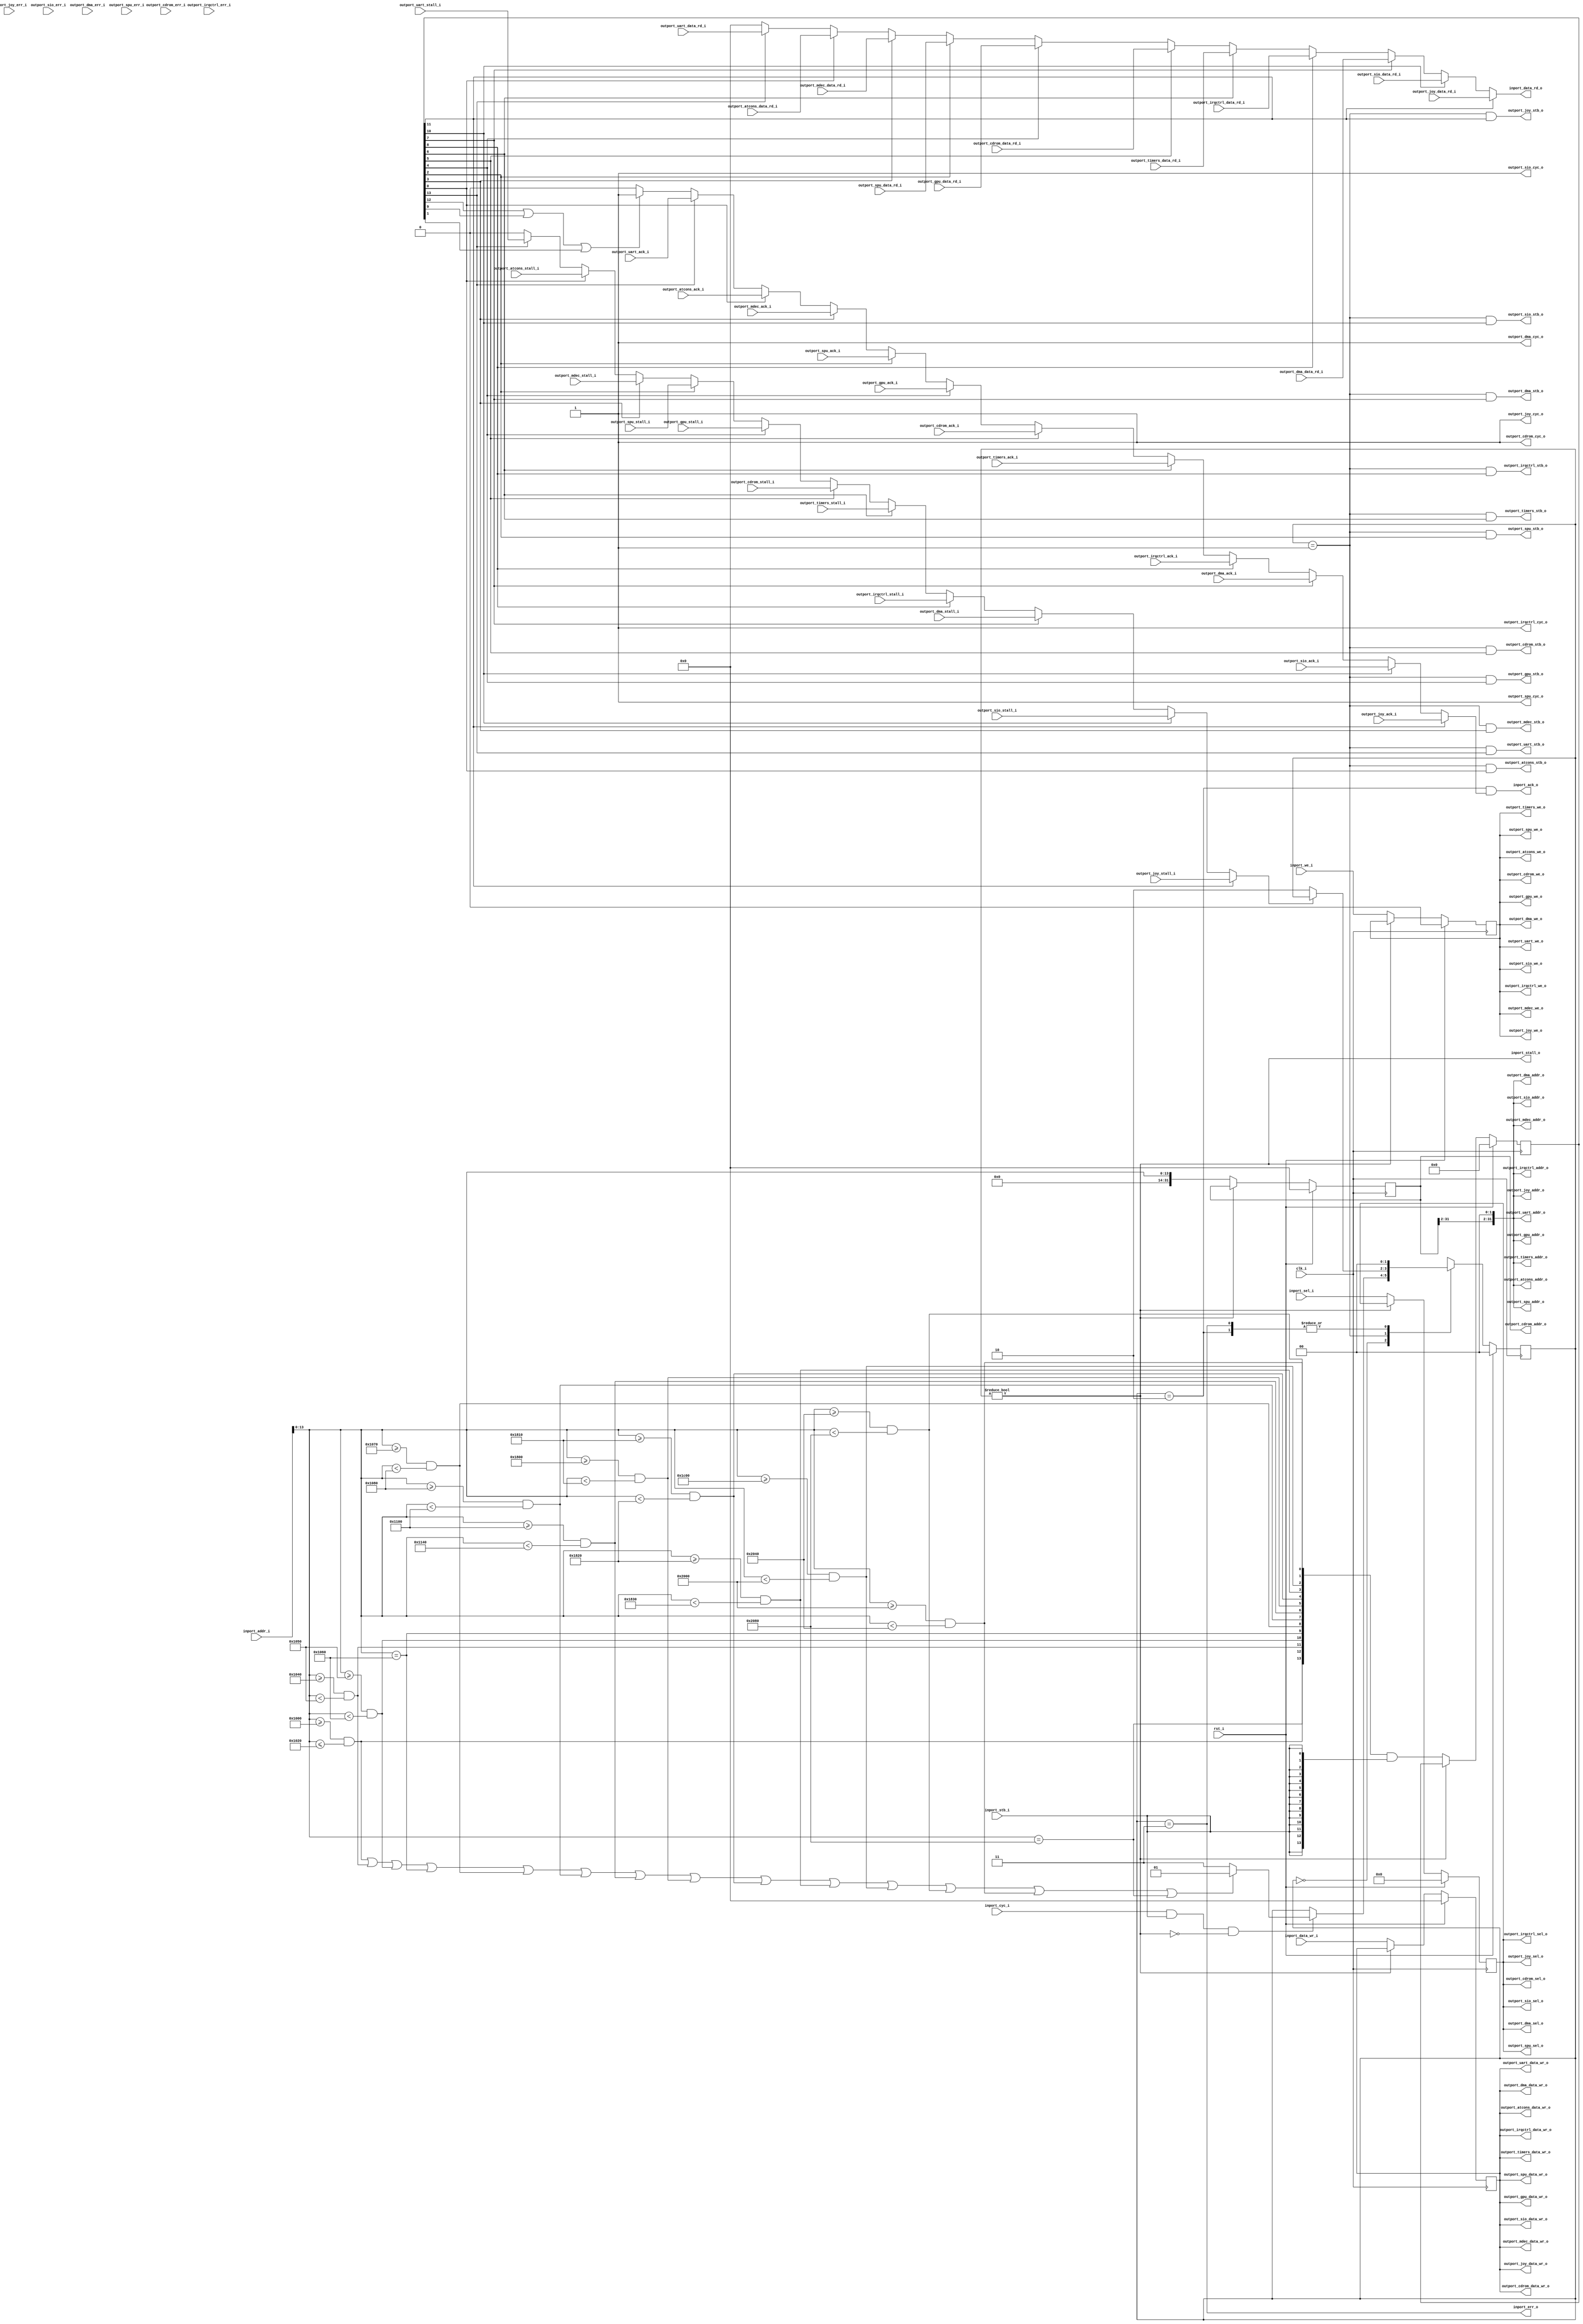
//-----------------------------------------------------------------
// Copyright (c) 2021, admin@ultra-embedded.com
// All rights reserved.
// 
// Redistribution and use in source and binary forms, with or without
// modification, are permitted provided that the following conditions 
// are met:
//   - Redistributions of source code must retain the above copyright
//     notice, this list of conditions and the following disclaimer.
//   - Redistributions in binary form must reproduce the above copyright
//     notice, this list of conditions and the following disclaimer 
//     in the documentation and/or other materials provided with the 
//     distribution.
//   - Neither the name of the author nor the names of its contributors 
//     may be used to endorse or promote products derived from this 
//     software without specific prior written permission.
// 
// THIS SOFTWARE IS PROVIDED BY THE COPYRIGHT HOLDERS AND CONTRIBUTORS 
// "AS IS" AND ANY EXPRESS OR IMPLIED WARRANTIES, INCLUDING, BUT NOT 
// LIMITED TO, THE IMPLIED WARRANTIES OF MERCHANTABILITY AND FITNESS FOR 
// A PARTICULAR PURPOSE ARE DISCLAIMED. IN NO EVENT SHALL THE AUTHOR BE 
// LIABLE FOR ANY DIRECT, INDIRECT, INCIDENTAL, SPECIAL, EXEMPLARY, OR 
// CONSEQUENTIAL DAMAGES (INCLUDING, BUT NOT LIMITED TO, PROCUREMENT OF 
// SUBSTITUTE GOODS OR SERVICES; LOSS OF USE, DATA, OR PROFITS; OR 
// BUSINESS INTERRUPTION) HOWEVER CAUSED AND ON ANY THEORY OF 
// LIABILITY, WHETHER IN CONTRACT, STRICT LIABILITY, OR TORT
// (INCLUDING NEGLIGENCE OR OTHERWISE) ARISING IN ANY WAY OUT OF 
// THE USE OF THIS SOFTWARE, EVEN IF ADVISED OF THE POSSIBILITY OF 
// SUCH DAMAGE.
//-----------------------------------------------------------------
module iomux
(
    // Inputs
     input           clk_i
    ,input           rst_i
    ,input  [ 31:0]  inport_addr_i
    ,input  [ 31:0]  inport_data_wr_i
    ,input           inport_stb_i
    ,input           inport_cyc_i
    ,input  [  3:0]  inport_sel_i
    ,input           inport_we_i
    ,input  [ 31:0]  outport_joy_data_rd_i
    ,input           outport_joy_stall_i
    ,input           outport_joy_ack_i
    ,input           outport_joy_err_i
    ,input  [ 31:0]  outport_sio_data_rd_i
    ,input           outport_sio_stall_i
    ,input           outport_sio_ack_i
    ,input           outport_sio_err_i
    ,input  [ 31:0]  outport_dma_data_rd_i
    ,input           outport_dma_stall_i
    ,input           outport_dma_ack_i
    ,input           outport_dma_err_i
    ,input  [ 31:0]  outport_irqctrl_data_rd_i
    ,input           outport_irqctrl_stall_i
    ,input           outport_irqctrl_ack_i
    ,input           outport_irqctrl_err_i
    ,input  [ 31:0]  outport_timers_data_rd_i
    ,input           outport_timers_ack_i
    ,input           outport_timers_stall_i
    ,input  [ 31:0]  outport_spu_data_rd_i
    ,input           outport_spu_stall_i
    ,input           outport_spu_ack_i
    ,input           outport_spu_err_i
    ,input  [ 31:0]  outport_cdrom_data_rd_i
    ,input           outport_cdrom_stall_i
    ,input           outport_cdrom_ack_i
    ,input           outport_cdrom_err_i
    ,input  [ 31:0]  outport_gpu_data_rd_i
    ,input           outport_gpu_ack_i
    ,input           outport_gpu_stall_i
    ,input  [ 31:0]  outport_mdec_data_rd_i
    ,input           outport_mdec_ack_i
    ,input           outport_mdec_stall_i
    ,input  [ 31:0]  outport_atcons_data_rd_i
    ,input           outport_atcons_ack_i
    ,input           outport_atcons_stall_i
    ,input  [ 31:0]  outport_uart_data_rd_i
    ,input           outport_uart_ack_i
    ,input           outport_uart_stall_i

    // Outputs
    ,output [ 31:0]  inport_data_rd_o
    ,output          inport_stall_o
    ,output          inport_ack_o
    ,output          inport_err_o
    ,output [ 31:0]  outport_joy_addr_o
    ,output [ 31:0]  outport_joy_data_wr_o
    ,output          outport_joy_stb_o
    ,output          outport_joy_cyc_o
    ,output [  3:0]  outport_joy_sel_o
    ,output          outport_joy_we_o
    ,output [ 31:0]  outport_sio_addr_o
    ,output [ 31:0]  outport_sio_data_wr_o
    ,output          outport_sio_stb_o
    ,output          outport_sio_cyc_o
    ,output [  3:0]  outport_sio_sel_o
    ,output          outport_sio_we_o
    ,output [ 31:0]  outport_dma_addr_o
    ,output [ 31:0]  outport_dma_data_wr_o
    ,output          outport_dma_stb_o
    ,output          outport_dma_cyc_o
    ,output [  3:0]  outport_dma_sel_o
    ,output          outport_dma_we_o
    ,output [ 31:0]  outport_irqctrl_addr_o
    ,output [ 31:0]  outport_irqctrl_data_wr_o
    ,output          outport_irqctrl_stb_o
    ,output          outport_irqctrl_cyc_o
    ,output [  3:0]  outport_irqctrl_sel_o
    ,output          outport_irqctrl_we_o
    ,output [ 31:0]  outport_timers_addr_o
    ,output [ 31:0]  outport_timers_data_wr_o
    ,output          outport_timers_stb_o
    ,output          outport_timers_we_o
    ,output [ 31:0]  outport_spu_addr_o
    ,output [ 31:0]  outport_spu_data_wr_o
    ,output          outport_spu_stb_o
    ,output          outport_spu_cyc_o
    ,output [  3:0]  outport_spu_sel_o
    ,output          outport_spu_we_o
    ,output [ 31:0]  outport_cdrom_addr_o
    ,output [ 31:0]  outport_cdrom_data_wr_o
    ,output          outport_cdrom_stb_o
    ,output          outport_cdrom_cyc_o
    ,output [  3:0]  outport_cdrom_sel_o
    ,output          outport_cdrom_we_o
    ,output [ 31:0]  outport_gpu_addr_o
    ,output [ 31:0]  outport_gpu_data_wr_o
    ,output          outport_gpu_stb_o
    ,output          outport_gpu_we_o
    ,output [ 31:0]  outport_mdec_addr_o
    ,output [ 31:0]  outport_mdec_data_wr_o
    ,output          outport_mdec_stb_o
    ,output          outport_mdec_we_o
    ,output [ 31:0]  outport_atcons_addr_o
    ,output [ 31:0]  outport_atcons_data_wr_o
    ,output          outport_atcons_stb_o
    ,output          outport_atcons_we_o
    ,output [ 31:0]  outport_uart_addr_o
    ,output [ 31:0]  outport_uart_data_wr_o
    ,output          outport_uart_stb_o
    ,output          outport_uart_we_o
);




wire [13:0] io_addr_w = inport_addr_i[13:0];
wire [31:0] addr_w    = {18'b0, io_addr_w}; // 32-bit masked address

//--------------------------------------------------------------------
// I/O Map
//--------------------------------------------------------------------  
// Memory Control 1
//   1F801000h 4    Expansion 1 Base Address (usually 1F000000h)
//   1F801004h 4    Expansion 2 Base Address (usually 1F802000h)
//   1F801008h 4    Expansion 1 Delay/Size (usually 0013243Fh; 512Kbytes 8bit-bus)
//   1F80100Ch 4    Expansion 3 Delay/Size (usually 00003022h; 1 byte)
//   1F801010h 4    BIOS ROM    Delay/Size (usually 0013243Fh; 512Kbytes 8bit-bus)
//   1F801014h 4    SPU_DELAY   Delay/Size (usually 200931E1h)
//   1F801018h 4    CDROM_DELAY Delay/Size (usually 00020843h or 00020943h)
//   1F80101Ch 4    Expansion 2 Delay/Size (usually 00070777h; 128-bytes 8bit-bus)
//   1F801020h 4    COM_DELAY / COMMON_DELAY (00031125h or 0000132Ch or 00001325h)
wire addr_mc1_w = (io_addr_w >= 14'h1000 && io_addr_w <= 14'h1020);

// Peripheral I/O Ports
//   1F801040h 1/4  JOY_DATA Joypad/Memory Card Data (R/W)
//   1F801044h 4    JOY_STAT Joypad/Memory Card Status (R)
//   1F801048h 2    JOY_MODE Joypad/Memory Card Mode (R/W)
//   1F80104Ah 2    JOY_CTRL Joypad/Memory Card Control (R/W)
//   1F80104Eh 2    JOY_BAUD Joypad/Memory Card Baudrate (R/W)
wire addr_joy_w = (io_addr_w >= 14'h1040 && io_addr_w < 14'h1050);

//   1F801050h 1/4  SIO_DATA Serial Port Data (R/W)
//   1F801054h 4    SIO_STAT Serial Port Status (R)
//   1F801058h 2    SIO_MODE Serial Port Mode (R/W)
//   1F80105Ah 2    SIO_CTRL Serial Port Control (R/W)
//   1F80105Ch 2    SIO_MISC Serial Port Internal Register (R/W)
//   1F80105Eh 2    SIO_BAUD Serial Port Baudrate (R/W)
wire addr_sio_w = (io_addr_w >= 14'h1050 && io_addr_w < 14'h1060);

// Memory Control 2
//   1F801060h 4/2  RAM_SIZE (usually 00000B88h; 2MB RAM mirrored in first 8MB)
wire addr_mc2_w = (io_addr_w == 14'h1060);

// Interrupt Control
//   1F801070h 2    I_STAT - Interrupt status register
//   1F801074h 2    I_MASK - Interrupt mask register
wire addr_irq_w = (io_addr_w >= 14'h1070 && io_addr_w < 14'h1080);

// DMA Registers
//   1F80108xh      DMA0 channel 0 - MDECin
//   1F80109xh      DMA1 channel 1 - MDECout
//   1F8010Axh      DMA2 channel 2 - GPU (lists + image data)
//   1F8010Bxh      DMA3 channel 3 - CDROM
//   1F8010Cxh      DMA4 channel 4 - SPU
//   1F8010Dxh      DMA5 channel 5 - PIO (Expansion Port)
//   1F8010Exh      DMA6 channel 6 - OTC (reverse clear OT) (GPU related)
//   1F8010F0h      DPCR - DMA Control register
//   1F8010F4h      DICR - DMA Interrupt register
//   1F8010F8h      unknown
//   1F8010FCh      unknown
wire addr_dma_w = (io_addr_w >= 14'h1080 && io_addr_w < 14'h1100);

// Timers (aka Root counters)
//   1F80110xh      Timer 0 Dotclock
//   1F80111xh      Timer 1 Horizontal Retrace
//   1F80112xh      Timer 2 1/8 system clock
wire addr_tmr_w = (io_addr_w >= 14'h1100 && io_addr_w < 14'h1140);

// CDROM Registers (Address.Read/Write.Index)
//   1F801800h.x.x   1   CD Index/Status Register (Bit0-1 R/W, Bit2-7 Read Only)
//   1F801801h.R.x   1   CD Response Fifo (R) (usually with Index1)
//   1F801802h.R.x   1/2 CD Data Fifo - 8bit/16bit (R) (usually with Index0..1)
//   1F801803h.R.0   1   CD Interrupt Enable Register (R)
//   1F801803h.R.1   1   CD Interrupt Flag Register (R/W)
//   1F801803h.R.2   1   CD Interrupt Enable Register (R) (Mirror)
//   1F801803h.R.3   1   CD Interrupt Flag Register (R/W) (Mirror)
//   1F801801h.W.0   1   CD Command Register (W)
//   1F801802h.W.0   1   CD Parameter Fifo (W)
//   1F801803h.W.0   1   CD Request Register (W)
//   1F801801h.W.1   1   Unknown/unused
//   1F801802h.W.1   1   CD Interrupt Enable Register (W)
//   1F801803h.W.1   1   CD Interrupt Flag Register (R/W)
//   1F801801h.W.2   1   Unknown/unused
//   1F801802h.W.2   1   CD Audio Volume for Left-CD-Out to Left-SPU-Input (W)
//   1F801803h.W.2   1   CD Audio Volume for Left-CD-Out to Right-SPU-Input (W)
//   1F801801h.W.3   1   CD Audio Volume for Right-CD-Out to Right-SPU-Input (W)
//   1F801802h.W.3   1   CD Audio Volume for Right-CD-Out to Left-SPU-Input (W)
//   1F801803h.W.3   1   CD Audio Volume Apply Changes (by writing bit5=1)
wire addr_cdrom_w = (io_addr_w >= 14'h1800 && io_addr_w < 14'h1810);

// GPU Registers
//   1F801810h.Write 4   GP0 Send GP0 Commands/Packets (Rendering and VRAM Access)
//   1F801814h.Write 4   GP1 Send GP1 Commands (Display Control)
//   1F801810h.Read  4   GPUREAD Read responses to GP0(C0h) and GP1(10h) commands
//   1F801814h.Read  4   GPUSTAT Read GPU Status Register
//   1F801818h.Read  4   GPUDEBUG0
//   1F80181ch.Read  4   GPUDEBUG1
wire addr_gpu_w = (io_addr_w >= 14'h1810 && io_addr_w < 14'h1820);

// MDEC Registers
//   1F801820h.Write 4   MDEC Command/Parameter Register (W)
//   1F801820h.Read  4   MDEC Data/Response Register (R)
//   1F801824h.Write 4   MDEC Control/Reset Register (W)
//   1F801824h.Read  4   MDEC Status Register (R)
//   1F801828h.Read  4   MDECDEBUG0
//   1F80182ch.Read  4   MDECDEBUG1
wire addr_mdec_w = (io_addr_w >= 14'h1820 && io_addr_w < 14'h1830);

// SPU Voice 0..23 Registers
//   1F801C00h+N*10h 4   Voice 0..23 Volume Left/Right
//   1F801C04h+N*10h 2   Voice 0..23 ADPCM Sample Rate
//   1F801C06h+N*10h 2   Voice 0..23 ADPCM Start Address
//   1F801C08h+N*10h 4   Voice 0..23 ADSR Attack/Decay/Sustain/Release
//   1F801C0Ch+N*10h 2   Voice 0..23 ADSR Current Volume
//   1F801C0Eh+N*10h 2   Voice 0..23 ADPCM Repeat Address
// SPU Control Registers
//   1F801D80h 4  Main Volume Left/Right
//   1F801D84h 4  Reverb Output Volume Left/Right
//   1F801D88h 4  Voice 0..23 Key ON (Start Attack/Decay/Sustain) (W)
//   1F801D8Ch 4  Voice 0..23 Key OFF (Start Release) (W)
//   1F801D90h 4  Voice 0..23 Channel FM (pitch lfo) mode (R/W)
//   1F801D94h 4  Voice 0..23 Channel Noise mode (R/W)
//   1F801D98h 4  Voice 0..23 Channel Reverb mode (R/W)
//   1F801D9Ch 4  Voice 0..23 Channel ON/OFF (status) (R)
//   1F801DA0h 2  Unknown? (R) or (W)
//   1F801DA2h 2  Sound RAM Reverb Work Area Start Address
//   1F801DA4h 2  Sound RAM IRQ Address
//   1F801DA6h 2  Sound RAM Data Transfer Address
//   1F801DA8h 2  Sound RAM Data Transfer Fifo
//   1F801DAAh 2  SPU Control Register (SPUCNT)
//   1F801DACh 2  Sound RAM Data Transfer Control
//   1F801DAEh 2  SPU Status Register (SPUSTAT) (R)
//   1F801DB0h 4  CD Volume Left/Right
//   1F801DB4h 4  Extern Volume Left/Right
//   1F801DB8h 4  Current Main Volume Left/Right
//   1F801DBCh 4  Unknown? (R/W)
// SPU Reverb Configuration Area
//   1F801DC0h 2  dAPF1  Reverb APF Offset 1
//   1F801DC2h 2  dAPF2  Reverb APF Offset 2
//   1F801DC4h 2  vIIR   Reverb Reflection Volume 1
//   1F801DC6h 2  vCOMB1 Reverb Comb Volume 1
//   1F801DC8h 2  vCOMB2 Reverb Comb Volume 2
//   1F801DCAh 2  vCOMB3 Reverb Comb Volume 3
//   1F801DCCh 2  vCOMB4 Reverb Comb Volume 4
//   1F801DCEh 2  vWALL  Reverb Reflection Volume 2
//   1F801DD0h 2  vAPF1  Reverb APF Volume 1
//   1F801DD2h 2  vAPF2  Reverb APF Volume 2
//   1F801DD4h 4  mSAME  Reverb Same Side Reflection Address 1 Left/Right
//   1F801DD8h 4  mCOMB1 Reverb Comb Address 1 Left/Right
//   1F801DDCh 4  mCOMB2 Reverb Comb Address 2 Left/Right
//   1F801DE0h 4  dSAME  Reverb Same Side Reflection Address 2 Left/Right
//   1F801DE4h 4  mDIFF  Reverb Different Side Reflection Address 1 Left/Right
//   1F801DE8h 4  mCOMB3 Reverb Comb Address 3 Left/Right
//   1F801DECh 4  mCOMB4 Reverb Comb Address 4 Left/Right
//   1F801DF0h 4  dDIFF  Reverb Different Side Reflection Address 2 Left/Right
//   1F801DF4h 4  mAPF1  Reverb APF Address 1 Left/Right
//   1F801DF8h 4  mAPF2  Reverb APF Address 2 Left/Right
//   1F801DFCh 4  vIN    Reverb Input Volume Left/Right
// SPU Internal Registers
//   1F801E00h+N*04h  4 Voice 0..23 Current Volume Left/Right
//   1F801E60h      20h Unknown? (R/W)
//   1F801E80h     180h Unknown? (Read: FFh-filled) (Unused or Write only?)
wire addr_spu_w = (io_addr_w >= 14'h1c00 && io_addr_w < 14'h2000);

// Expansion Region 2 (default 128 bytes, max 8 KBytes)
//   1F802000h      80h Expansion Region (8bit data bus, crashes on 16bit access?)
// Expansion Region 2 - Dual Serial Port (for TTY Debug Terminal)
//   1F802020h/1st    DUART Mode Register 1.A (R/W)
//   1F802020h/2nd    DUART Mode Register 2.A (R/W)
//   1F802021h/Read   DUART Status Register A (R)
//   1F802021h/Write  DUART Clock Select Register A (W)
//   1F802022h/Read   DUART Toggle Baud Rate Generator Test Mode (Read=Strobe)
//   1F802022h/Write  DUART Command Register A (W)
//   1F802023h/Read   DUART Rx Holding Register A (FIFO) (R)
//   1F802023h/Write  DUART Tx Holding Register A (W)
//   1F802024h/Read   DUART Input Port Change Register (R)
//   1F802024h/Write  DUART Aux. Control Register (W)
//   1F802025h/Read   DUART Interrupt Status Register (R)
//   1F802025h/Write  DUART Interrupt Mask Register (W)
//   1F802026h/Read   DUART Counter/Timer Current Value, Upper/Bit15-8 (R)
//   1F802026h/Write  DUART Counter/Timer Reload Value,  Upper/Bit15-8 (W)
//   1F802027h/Read   DUART Counter/Timer Current Value, Lower/Bit7-0 (R)
//   1F802027h/Write  DUART Counter/Timer Reload Value,  Lower/Bit7-0 (W)
//   1F802028h/1st    DUART Mode Register 1.B (R/W)
//   1F802028h/2nd    DUART Mode Register 2.B (R/W)
//   1F802029h/Read   DUART Status Register B (R)
//   1F802029h/Write  DUART Clock Select Register B (W)
//   1F80202Ah/Read   DUART Toggle 1X/16X Test Mode (Read=Strobe)
//   1F80202Ah/Write  DUART Command Register B (W)
//   1F80202Bh/Read   DUART Rx Holding Register B (FIFO) (R)
//   1F80202Bh/Write  DUART Tx Holding Register B (W)
//   1F80202Ch/None   DUART Reserved Register (neither R nor W)
//   1F80202Dh/Read   DUART Input Port (R)
//   1F80202Dh/Write  DUART Output Port Configuration Register (W)
//   1F80202Eh/Read   DUART Start Counter Command (Read=Strobe)
//   1F80202Eh/Write  DUART Set Output Port Bits Command (Set means Out=LOW)
//   1F80202Fh/Read   DUART Stop Counter Command (Read=Strobe)
//   1F80202Fh/Write  DUART Reset Output Port Bits Command (Reset means Out=HIGH)

// Expansion Region 2 - Int/Dip/Post
//   1F802000h 1 DTL-H2000: ATCONS STAT (R)
//   1F802002h 1 DTL-H2000: ATCONS DATA (R and W)
//   1F802004h 2 DTL-H2000: Whatever 16bit data ?
//   1F802030h 1/4 DTL-H2000: Secondary IRQ10 Flags
//   1F802032h 1 DTL-H2000: Whatever IRQ Control ?
//   1F802040h 1 DTL-H2000: Bootmode "Dip switches" (R)
//   1F802041h 1 PSX: POST (external 7 segment display, indicate BIOS boot status)
//   1F802042h 1 DTL-H2000: POST/LED (similar to POST) (other addr, 2-digit wide)   1F802070h 1 PS2: POST2 (similar to POST, but PS2 BIOS uses this address)
wire addr_atcons_w = (io_addr_w >= 14'h2000 && io_addr_w < 14'h2040);
wire addr_exp2_w   = (io_addr_w >= 14'h2040 && io_addr_w < 14'h2080);

// BIOS uart
wire addr_uart_w   = (io_addr_w == 14'h2080);
wire dbg_putc_w    = addr_uart_w;

wire invalid_addr_w = ~(addr_mc1_w | addr_joy_w | addr_sio_w | addr_mc2_w | addr_irq_w | addr_dma_w | addr_tmr_w | addr_cdrom_w | addr_gpu_w | addr_mdec_w | addr_spu_w | addr_exp2_w | addr_atcons_w | addr_uart_w);

//-----------------------------------------------------------------
// State machine
//-----------------------------------------------------------------
localparam STATE_W          = 2;
localparam STATE_IDLE       = 2'd0;
localparam STATE_ACCESS     = 2'd1;
localparam STATE_RESP       = 2'd2;
localparam STATE_ERR        = 2'd3;

reg [STATE_W-1:0] state_q;
reg [STATE_W-1:0] next_state_r;

reg               output_stall_r;

always @ *
begin
    next_state_r = state_q;

    case (state_q)
    STATE_IDLE :
    begin
        // TODO: The reason for this SM is handle access unrolling to narrow regions, etc
        // One cycle of latency can be removed easily here, at the expense of the critical path...
        if (inport_cyc_i && inport_stb_i && ~inport_stall_o)
            next_state_r = invalid_addr_w ? STATE_ERR : STATE_ACCESS;
    end
    STATE_ACCESS:
    begin
          if (~output_stall_r)
              next_state_r = STATE_RESP;
    end    
    STATE_ERR, STATE_RESP:
    begin
        next_state_r = STATE_IDLE;
    end
    default :
       ;

    endcase
end

// Update state
always @ (posedge clk_i )
if (rst_i)
    state_q <= STATE_IDLE;
else
    state_q <= next_state_r;

assign inport_stall_o = (state_q != STATE_IDLE);

//-----------------------------------------------------------------
// Address / Data 
//-----------------------------------------------------------------
reg [31:0] addr_q;

always @ (posedge clk_i )
if (rst_i)
    addr_q <= 32'b0;
else if (~inport_stall_o)
    addr_q <= addr_w;

reg [31:0] data_q;

always @ (posedge clk_i )
if (rst_i)
    data_q <= 32'b0;
else if (~inport_stall_o)
    data_q <= inport_data_wr_i;

reg [3:0] sel_q;

always @ (posedge clk_i )
if (rst_i)
    sel_q <= 4'b0;
else if (~inport_stall_o)
    sel_q <= inport_sel_i;

reg we_q;

always @ (posedge clk_i )
if (rst_i)
    we_q <= 1'b0;
else if (~inport_stall_o)
    we_q <= inport_we_i;

//-------------------------------------------------------------
// Simulation Helpers
//-------------------------------------------------------------
`ifdef verilator

function [0:0] get_io_valid; /*verilator public*/
begin
    get_io_valid = inport_ack_o;
end
endfunction
function [31:0] get_io_addr; /*verilator public*/
begin
    get_io_addr = 32'h1F800000 | addr_q;
end
endfunction
function [3:0] get_io_sel; /*verilator public*/
begin
    get_io_sel = sel_q;
end
endfunction
function [31:0] get_io_wr_data; /*verilator public*/
begin
    get_io_wr_data = data_q;
end
endfunction
function [0:0] get_io_we; /*verilator public*/
begin
    get_io_we = we_q;
end
endfunction
function [31:0] get_io_rd_data; /*verilator public*/
begin
    get_io_rd_data = inport_data_rd_o;
end
endfunction

`endif

//-------------------------------------------------------------------
// set_verbosity: 
//-------------------------------------------------------------------
`ifdef verilator
integer v_level = 1;
function set_verbosity; /*verilator public*/
    input [31:0] level;
begin
    v_level = level;
end
endfunction
`endif

//-----------------------------------------------------------------
// Simulation Only
//-----------------------------------------------------------------
`ifdef verilator

reg [31:0] dbg_cycle_q;
always @ (posedge clk_i )
if (rst_i)
    dbg_cycle_q <= 32'b0;
else
    dbg_cycle_q <= dbg_cycle_q + 32'd1;

reg [31:0] dbg_cycle_prev_q;
always @ (posedge clk_i )
if (rst_i)
    dbg_cycle_prev_q <= 32'b0;
else if (inport_cyc_i && inport_stb_i && ~inport_stall_o && ~dbg_putc_w)
    dbg_cycle_prev_q <= dbg_cycle_q;

wire signed [31:0] dbg_delta_w = dbg_cycle_q - dbg_cycle_prev_q;

always @ (posedge clk_i)
if (inport_cyc_i && inport_stb_i && ~inport_stall_o && ~dbg_putc_w && v_level > 0)
begin
    if (inport_we_i)
    begin
        case (1'b1)
        addr_mc1_w:    $display("IO Access (W) [MC1]:     %08x = %08x [mask=%x] [delta=%0d @ %0d]", inport_addr_i, inport_data_wr_i, inport_sel_i, dbg_delta_w, dbg_cycle_q);
        addr_joy_w:    $display("IO Access (W) [JOY]:     %08x = %08x [mask=%x] [delta=%0d @ %0d]", inport_addr_i, inport_data_wr_i, inport_sel_i, dbg_delta_w, dbg_cycle_q);
        addr_sio_w:    $display("IO Access (W) [SIO]:     %08x = %08x [mask=%x] [delta=%0d @ %0d]", inport_addr_i, inport_data_wr_i, inport_sel_i, dbg_delta_w, dbg_cycle_q);
        addr_mc2_w:    $display("IO Access (W) [MC2]:     %08x = %08x [mask=%x] [delta=%0d @ %0d]", inport_addr_i, inport_data_wr_i, inport_sel_i, dbg_delta_w, dbg_cycle_q);
        addr_irq_w:    $display("IO Access (W) [IRQ]:     %08x = %08x [mask=%x] [delta=%0d @ %0d]", inport_addr_i, inport_data_wr_i, inport_sel_i, dbg_delta_w, dbg_cycle_q);
        addr_dma_w:    $display("IO Access (W) [DMA]:     %08x = %08x [mask=%x] [delta=%0d @ %0d]", inport_addr_i, inport_data_wr_i, inport_sel_i, dbg_delta_w, dbg_cycle_q);
        addr_tmr_w:    $display("IO Access (W) [TMR]:     %08x = %08x [mask=%x] [delta=%0d @ %0d]", inport_addr_i, inport_data_wr_i, inport_sel_i, dbg_delta_w, dbg_cycle_q);
        addr_cdrom_w:  $display("IO Access (W) [CDROM]:   %08x = %08x [mask=%x] [delta=%0d @ %0d]", inport_addr_i, inport_data_wr_i, inport_sel_i, dbg_delta_w, dbg_cycle_q);
        addr_gpu_w:    $display("IO Access (W) [GPU]:     %08x = %08x [mask=%x] [delta=%0d @ %0d]", inport_addr_i, inport_data_wr_i, inport_sel_i, dbg_delta_w, dbg_cycle_q);
        addr_mdec_w:   $display("IO Access (W) [MDEC]:    %08x = %08x [mask=%x] [delta=%0d @ %0d]", inport_addr_i, inport_data_wr_i, inport_sel_i, dbg_delta_w, dbg_cycle_q);
        addr_spu_w:    $display("IO Access (W) [SPU]:     %08x = %08x [mask=%x] [delta=%0d @ %0d]", inport_addr_i, inport_data_wr_i, inport_sel_i, dbg_delta_w, dbg_cycle_q);
        addr_exp2_w:   $display("IO Access (W) [EXP2]:    %08x = %08x [mask=%x] [delta=%0d @ %0d]", inport_addr_i, inport_data_wr_i, inport_sel_i, dbg_delta_w, dbg_cycle_q);
        addr_atcons_w: $display("IO Access (W) [ATCONS]:  %08x = %08x [mask=%x] [delta=%0d @ %0d]", inport_addr_i, inport_data_wr_i, inport_sel_i, dbg_delta_w, dbg_cycle_q);
        default:       $display("IO Access (W) [UNKNOWN]: %08x = %08x [mask=%x] [delta=%0d @ %0d]", inport_addr_i, inport_data_wr_i, inport_sel_i, dbg_delta_w, dbg_cycle_q);
        endcase
    end
    else
    begin
        case (1'b1)
        addr_mc1_w:    $display("IO Access (R) [MC1]:     %08x [delta=%0d @ %0d]", inport_addr_i, dbg_delta_w, dbg_cycle_q);
        addr_joy_w:    $display("IO Access (R) [JOY]:     %08x [delta=%0d @ %0d]", inport_addr_i, dbg_delta_w, dbg_cycle_q);
        addr_sio_w:    $display("IO Access (R) [SIO]:     %08x [delta=%0d @ %0d]", inport_addr_i, dbg_delta_w, dbg_cycle_q);
        addr_mc2_w:    $display("IO Access (R) [MC2]:     %08x [delta=%0d @ %0d]", inport_addr_i, dbg_delta_w, dbg_cycle_q);
        addr_irq_w:    $display("IO Access (R) [IRQ]:     %08x [delta=%0d @ %0d]", inport_addr_i, dbg_delta_w, dbg_cycle_q);
        addr_dma_w:    $display("IO Access (R) [DMA]:     %08x [delta=%0d @ %0d]", inport_addr_i, dbg_delta_w, dbg_cycle_q);
        addr_tmr_w:    $display("IO Access (R) [TMR]:     %08x [delta=%0d @ %0d]", inport_addr_i, dbg_delta_w, dbg_cycle_q);
        addr_cdrom_w:  $display("IO Access (R) [CDROM]:   %08x [delta=%0d @ %0d]", inport_addr_i, dbg_delta_w, dbg_cycle_q);
        addr_gpu_w:    $display("IO Access (R) [GPU]:     %08x [delta=%0d @ %0d]", inport_addr_i, dbg_delta_w, dbg_cycle_q);
        addr_mdec_w:   $display("IO Access (R) [MDEC]:    %08x [delta=%0d @ %0d]", inport_addr_i, dbg_delta_w, dbg_cycle_q);
        addr_spu_w:    $display("IO Access (R) [SPU]:     %08x [delta=%0d @ %0d]", inport_addr_i, dbg_delta_w, dbg_cycle_q);
        addr_exp2_w:   $display("IO Access (R) [EXP2]:    %08x [delta=%0d @ %0d]", inport_addr_i, dbg_delta_w, dbg_cycle_q);
        addr_atcons_w: $display("IO Access (R) [ATCONS]:  %08x [delta=%0d @ %0d]", inport_addr_i, dbg_delta_w, dbg_cycle_q);
        default:       $display("IO Access (R) [UNKNOWN]: %08x [delta=%0d @ %0d]", inport_addr_i, dbg_delta_w, dbg_cycle_q);
        endcase
    end
end

always @ (posedge clk_i)
if (addr_q[13:0] != 14'h2080)
begin
    if (inport_ack_o && ~we_q && v_level > 0)
        $display(" IO Resp: %08x", inport_data_rd_o);
    if (inport_err_o)
        $display(" IO Error");
end

always @ (posedge clk_i)
if (inport_cyc_i && inport_stb_i && inport_we_i && ~inport_stall_o && io_addr_w == 14'h2041)
    $display("POST1: %08x @ %d", inport_data_wr_i, dbg_cycle_q);

always @ (posedge clk_i)
if (inport_cyc_i && inport_stb_i && inport_we_i && ~inport_stall_o && io_addr_w == 14'h2042)
    $display("POST2: %08x @ %d", inport_data_wr_i, dbg_cycle_q);

`endif

//-----------------------------------------------------------------
// Simulator print
//-----------------------------------------------------------------
`ifdef verilator
  // Buffer writes
  reg [7:0] v_buffer[255:0];
  reg [7:0] v_ptr;

  integer i;

  always @ (posedge clk_i )
  if (rst_i)
      v_ptr <= 8'd0;
  else if (inport_cyc_i && inport_stb_i && inport_we_i && ~inport_stall_o && dbg_putc_w)
  begin
      v_buffer[v_ptr] = inport_data_wr_i[7:0];

      if (v_ptr == 8'd255 || inport_data_wr_i[7:0] == 8'd10) // LF
      begin
          v_buffer[v_ptr] = 8'd0; // Null terminate / clear LF

          $write("[UART] ");
          for (i=0;i<255;i=i+1)
          begin
              if (v_buffer[i] == 8'b0)
                  i = 255;
              else
                  $write("%c", v_buffer[i]);
          end
          $display(" @ %d", dbg_cycle_q);
          v_ptr <= 8'd0;
      end
      else
          v_ptr <= v_ptr + 8'd1;
  end
`endif

//-----------------------------------------------------------------
// Output Mux
//-----------------------------------------------------------------
wire src_mc1_w;
wire src_joy_w;
wire src_sio_w;
wire src_mc2_w;
wire src_irq_w;
wire src_dma_w;
wire src_tmr_w;
wire src_cdrom_w;
wire src_gpu_w;
wire src_mdec_w;
wire src_spu_w;
wire src_exp2_w;
wire src_atcons_w;
wire src_uart_w;

reg [13:0] region_q;

always @ (posedge clk_i )
if (rst_i)
    region_q <= 14'b0;
else if (~inport_stall_o)
    region_q <= {addr_uart_w, addr_mc1_w, addr_joy_w, addr_sio_w, addr_mc2_w, addr_irq_w, addr_dma_w, addr_tmr_w, addr_cdrom_w, addr_gpu_w, addr_mdec_w, addr_spu_w, addr_exp2_w, addr_atcons_w} & {14{inport_stb_i}};

assign {src_uart_w, src_mc1_w, src_joy_w, src_sio_w, src_mc2_w, src_irq_w, src_dma_w, src_tmr_w, src_cdrom_w, src_gpu_w, src_mdec_w, src_spu_w, src_exp2_w, src_atcons_w} = region_q;

// Not yet supported
wire src_dummy_w = src_mc1_w | src_mc2_w | src_exp2_w;

wire [31:0] addr_word_w = {addr_q[31:2], 2'b0};
wire [31:0] addr_byte_w = addr_q;

assign outport_joy_cyc_o          = 1'b1;
assign outport_joy_addr_o         = addr_word_w;
assign outport_joy_data_wr_o      = data_q;
assign outport_joy_we_o           = we_q;
assign outport_joy_sel_o          = sel_q;
assign outport_sio_cyc_o          = 1'b1;
assign outport_sio_addr_o         = addr_word_w;
assign outport_sio_data_wr_o      = data_q;
assign outport_sio_we_o           = we_q;
assign outport_sio_sel_o          = sel_q;
assign outport_dma_cyc_o          = 1'b1;
assign outport_dma_addr_o         = addr_word_w;
assign outport_dma_data_wr_o      = data_q;
assign outport_dma_we_o           = we_q;
assign outport_dma_sel_o          = sel_q;
assign outport_irqctrl_cyc_o      = 1'b1;
assign outport_irqctrl_addr_o     = addr_word_w;
assign outport_irqctrl_data_wr_o  = data_q;
assign outport_irqctrl_we_o       = we_q;
assign outport_irqctrl_sel_o      = sel_q;
assign outport_timers_addr_o      = addr_word_w;
assign outport_timers_data_wr_o   = data_q;
assign outport_timers_we_o        = we_q;
assign outport_cdrom_cyc_o        = 1'b1;
assign outport_cdrom_addr_o       = addr_byte_w;
assign outport_cdrom_data_wr_o    = data_q;
assign outport_cdrom_we_o         = we_q;
assign outport_cdrom_sel_o        = sel_q;
assign outport_gpu_addr_o         = addr_word_w;
assign outport_gpu_data_wr_o      = data_q;
assign outport_gpu_we_o           = we_q;
assign outport_spu_cyc_o          = 1'b1;
assign outport_spu_addr_o         = addr_word_w;
assign outport_spu_data_wr_o      = data_q;
assign outport_spu_we_o           = we_q;
assign outport_spu_sel_o          = sel_q;
assign outport_mdec_addr_o        = addr_word_w;
assign outport_mdec_data_wr_o     = data_q;
assign outport_mdec_we_o          = we_q;
assign outport_atcons_addr_o      = addr_word_w;
assign outport_atcons_data_wr_o   = data_q;
assign outport_atcons_we_o        = we_q;
assign outport_uart_addr_o        = addr_word_w;
assign outport_uart_data_wr_o     = data_q;
assign outport_uart_we_o          = we_q;

assign outport_joy_stb_o          = (state_q == STATE_ACCESS) & src_joy_w;
assign outport_sio_stb_o          = (state_q == STATE_ACCESS) & src_sio_w;
assign outport_dma_stb_o          = (state_q == STATE_ACCESS) & src_dma_w;
assign outport_irqctrl_stb_o      = (state_q == STATE_ACCESS) & src_irq_w;
assign outport_timers_stb_o       = (state_q == STATE_ACCESS) & src_tmr_w;
assign outport_cdrom_stb_o        = (state_q == STATE_ACCESS) & src_cdrom_w;
assign outport_gpu_stb_o          = (state_q == STATE_ACCESS) & src_gpu_w;
assign outport_spu_stb_o          = (state_q == STATE_ACCESS) & src_spu_w;
assign outport_mdec_stb_o         = (state_q == STATE_ACCESS) & src_mdec_w;
assign outport_atcons_stb_o       = (state_q == STATE_ACCESS) & src_atcons_w;
assign outport_uart_stb_o         = (state_q == STATE_ACCESS) & src_uart_w;

always @ *
begin
    output_stall_r = 1'b0;

    case (1'b1)
      src_joy_w     : output_stall_r = outport_joy_stall_i;
      src_sio_w     : output_stall_r = outport_sio_stall_i;
      src_dma_w     : output_stall_r = outport_dma_stall_i;
      src_irq_w     : output_stall_r = outport_irqctrl_stall_i;
      src_tmr_w     : output_stall_r = outport_timers_stall_i;
      src_cdrom_w   : output_stall_r = outport_cdrom_stall_i;
      src_gpu_w     : output_stall_r = outport_gpu_stall_i;
      src_spu_w     : output_stall_r = outport_spu_stall_i;
      src_mdec_w    : output_stall_r = outport_mdec_stall_i;
      src_atcons_w  : output_stall_r = outport_atcons_stall_i;
      src_uart_w    : output_stall_r = outport_uart_stall_i;
    endcase
end

//-----------------------------------------------------------------
// Response 
//-----------------------------------------------------------------
reg        outport_ack_r;
reg [31:0] outport_data_r;

always @ *
begin
    outport_ack_r  = 1'b0;
    outport_data_r = 32'b0;

    case (1'b1)
      src_joy_w     : outport_ack_r = outport_joy_ack_i;
      src_sio_w     : outport_ack_r = outport_sio_ack_i;
      src_dma_w     : outport_ack_r = outport_dma_ack_i;
      src_irq_w     : outport_ack_r = outport_irqctrl_ack_i;
      src_tmr_w     : outport_ack_r = outport_timers_ack_i;
      src_cdrom_w   : outport_ack_r = outport_cdrom_ack_i;
      src_gpu_w     : outport_ack_r = outport_gpu_ack_i;
      src_spu_w     : outport_ack_r = outport_spu_ack_i;
      src_mdec_w    : outport_ack_r = outport_mdec_ack_i;
      src_atcons_w  : outport_ack_r = outport_atcons_ack_i;
      src_uart_w    : outport_ack_r = outport_uart_ack_i;
      src_dummy_w   : outport_ack_r = 1'b1;
    endcase

    // TODO: re-align if required...
    case (1'b1)
      src_joy_w     : outport_data_r = outport_joy_data_rd_i;
      src_sio_w     : outport_data_r = outport_sio_data_rd_i;
      src_dma_w     : outport_data_r = outport_dma_data_rd_i;
      src_irq_w     : outport_data_r = outport_irqctrl_data_rd_i;
      src_tmr_w     : outport_data_r = outport_timers_data_rd_i;
      src_cdrom_w   : outport_data_r = outport_cdrom_data_rd_i;
      src_gpu_w     : outport_data_r = outport_gpu_data_rd_i;
      src_spu_w     : outport_data_r = outport_spu_data_rd_i;
      src_mdec_w    : outport_data_r = outport_mdec_data_rd_i;
      src_atcons_w  : outport_data_r = outport_atcons_data_rd_i;
      src_uart_w    : outport_data_r = outport_uart_data_rd_i;
    endcase    
end

assign inport_ack_o     = (state_q == STATE_RESP) & outport_ack_r;
assign inport_data_rd_o = outport_data_r;
assign inport_err_o     = (state_q == STATE_ERR);


endmodule